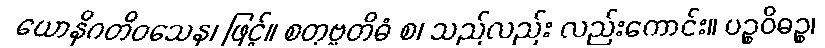
ယောနိဂတိဝသေန၊ ဖြင့်။ စတုဗ္ဗတိဓံ စ၊ သည်လည်း လည်းကောင်း။ ပဉ္စဝိဓဉ္စ၊